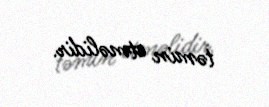
təmin etməlidir.